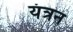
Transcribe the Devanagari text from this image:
यंत्रन